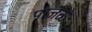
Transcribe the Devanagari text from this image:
पाजळे